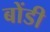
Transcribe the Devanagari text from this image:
बोंडी